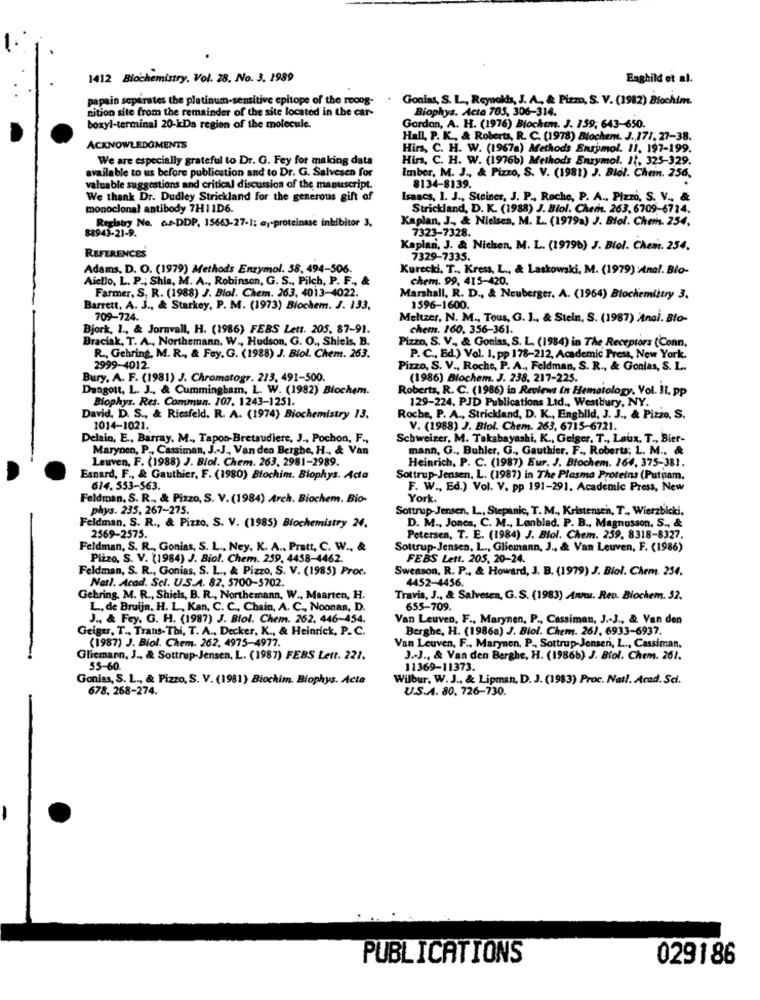
1412 Biochemistry. Vol. 28. No. 3. 1989
Enghild et al.
papain separates the platinum-sensitive epitope of the recog-
Gonias, S. L ., Reynolds, J. A ., & Pizm, S. V. (1982) Blochim.
nition site from the remainder of the site located in the car-
Biophys. Acto 705, 306-314.
boxyl-terminal 20-kDa region of the molecule.
Gordon, A. H. (1976) Biochem. J. 159, 643-650.
Hall, P. K ., & Roberts, R. C. (1978) Blochem. J ., 171, 27-38.
ACKNOWLEDGMENTS
Hirs, C. H. W. (1967a) Methods Enzymol. 11. 197-199.
We are especially grateful to Dr. G. Fey for making data
Hirs. C. H. W. (1976b) Methods Enzymol. It, 325-329.
available to us before publication and to Dr. G. Salvesen for
Imber, M. J ., & Pizzo, S. V. (1981) J. Blol. Chein. 256,
valuable suggestions and critical discussion of the manuscript.
8134-8139.
We thank Dr. Dudley Strickland for the generous gift of
Isaacs, 1. J ., Steiner, J. P ., Roche, P. A .. Pizzo, S. V ., &
monoclonal antibody 7H1 1D6.
Strickland, D. K. (1988) J. Biol. Chem. 263. 6709-6714.
Registry No. 6s-DDP, 15663-27-1; e)-proteinase inhibitor 3.
Kaplan, J ., & Nielsen, M. L. (1979a) J. Biol. Chem. 254.
88943-21-9.
7323-7328.
Kaplan, J. & Nichen, M. L. (1979b) J. Biol. Chem. 254.
REFERENCES
7329-7335.
Adams, D. O. (1979) Methods Enzymol. 58, 494-506.
Kurecki, T ., Kress, L ., & Laskowski, M. (1979) Anal. Bio-
Aiello, L. P .; Shia, M. A ., Robinson, G. S ., Pilch, P. F ., &
chem. 99, 415-420.
Farmer, S. R. (1988) J. Biol. Chem. 263, 4013-4022.
Marshall, R. D ., & Neuberger. A. (1964) Biochemistry 3.
Barrett, A. J ., & Starkey, P. M. (1973) Biochem. J. 133,
1596-1600.
709-724.
Meltzer, N. M ., Tous, G. ] ., & Stein, S. (1987) Anai. Bio-
Bjork, 1 ., & Jornvall, H. (1986) FEBS Lett. 205. 87-91.
chem. 160, 356-361.
Braciak, T. A ., Northemann. W ., Hudson, G. O ., Shiels, B.
Pizzo, S. V ., & Gonias, S. L. (1984) in The Receptors (Conn,
R ., Gehring, M. R ., & Fey. G. (1988) J. Biol. Chem. 263.
P. C ., Ed.) Vol. 1, pp 178-212, Academic Press, New York.
2999-4012.
Pizzo, S. V ., Roche, P. A ., Feldman, S. R ., & Gonias, S. L.
Bury, A. F. (1981) J. Chromatogr. 213, 491-500.
(1986) Biochem. J. 238, 217-225.
Dangott, L. J ., & Cummingbam, L. W. (1982) Biochem.
Roberts, R. C. (1986) in Reviews in Hematology. Vol. Il. pp
Biophys. Res. Commun. 107. 1243-1251.
129-224. PJD Publications Ltd ., Westbury, NY.
David, D. S ., & Riesfeld. R. A. (1974) Biochemistry 13.
Roche, P. A ., Strickland, D. K ., Engbild, J. J ., & Pizzo, S.
1014-1021.
V. (1988) J. Blol. Chem. 263, 6715-6721.
Delain, E ., Barray. M ., Tapon-Bretaudiere, J ., Pochon, F .,
Schweizer, M. Takabayashi, K ., Gelger, T ., Laux. T ., Bier-
Marynen, P ., Cassiman, J .- J ., Van den Berghe, H ., & Van
mann, G ., Buhler, G ., Gauthier, F ., Roberts; L. M ., &
Leuven, F. (1988) J. Biol. Chem. 263. 2981-2989.
Heinrich, P. C. (1987) Eur. J. Blochem. 164, 375-381.
Esnard, F ., & Gauthier, F. (1980) Blochim. Biophys. Acta
Sottrup-Jensen. L. (1987) in The Plasma Proteins (Putnam.
614. 553-563.
F. W ., Ed.) Vol. V. pp 191-291. Academic Press, New
Feldman. S. R ., & Pizzo, S. V. (1984) Arch. Biochem. Bio-
York.
phys. 235, 267-275.
Sottrup-Jensen, L ., Stepanic, T. M ., Kristensen, T ., Wierzbicki,
Feldman, S. R ., & Pizzo. S. V. (1985) Biochemistry 24.
D. M ., Jones, C. M ., Lanblad. P. B ., Magnusson. S ., &
2569-2575.
Petersen, T. E. (1984) J. Blol. Chem. 259. 8318-8327.
Feldman, S. R ., Gonias, S. L ., Ney, K. A ., Pratt, C. W ., &
Sottrup-Jensen, L ., Gliemann, J ., & Van Leuven, F. (1986)
Pizzo, S. V. (1984) J. Biol. Chem. 259. 4458-4462.
FEBS Lett. 205, 20-24.
Feldman, S. R ., Gonias, S. L ., & Pizzo, S. V. (1985) Proc.
Swenson, R. P ., & Howard, J. B. (1979) J. Biol. Chem. 254.
Natl. Acad. Scl. U.S.A. 82. 5700-5702.
4452-4456.
Gehring. M. R ., Shiels, B. R ., Northemann, W ., Maarten, H.
Travis, J ., & Salvesen, G. S. (1983) Annu. Rev. Biochem. 52.
L. de Bruijn. H. L ., Kan. C. C ., Chain, A. C ., Noonan, D.
655-709.
J ., & Fey. G. H. (1987) J. Blol. Chem. 262. 446-454.
Van Leuven, F ., Marynen, P ., Cassiman, J .- J ., & Van den
Bur. T ., Trans- Thi, T. A ., Decker, K ., & Heinrick, P.C.
Berghe, H. (1986a) J. Biol. Chem. 26), 6933-6937.
(1987) J. Biol. Chem. 262, 4975-4977.
Van Leuven, F ., Marymen, P ., Sottrup-Jensen, L ., Cassiman.
Gliemann, J ., & Sottrup-Jensen, L. (1987) FEBS Lett. 221.
J .- J ., & Van den Berghe, H. (1986b) J. Biol. Chem. 261.
55-60.
11369-11373.
Gonias, S. L ., & Pizzo, S. V. (1981) Biochim. Biophys. Acta
Wilbur. W.J ., & Lipman, D. J. (1983) Proc. Natl. Acad. Sci.
678. 268-274.
U.S.A. 80, 726-730.
PUBLICATIONS
029186